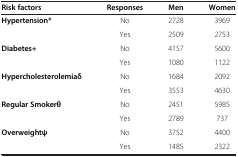
<table><thead><tr><td><b>Risk factors</b></td><td><b>Responses</b></td><td><b>Men</b></td><td><b>Women</b></td></tr></thead><tbody><tr><td><b>Hypertension*</b></td><td>No</td><td>2728</td><td>3969</td></tr><tr><td> </td><td>Yes</td><td>2509</td><td>2753</td></tr><tr><td><b>Diabetes+</b></td><td>No</td><td>4157</td><td>5600</td></tr><tr><td> </td><td>Yes</td><td>1080</td><td>1122</td></tr><tr><td><b>Hypercholesterolemiaδ</b></td><td>No</td><td>1684</td><td>2092</td></tr><tr><td> </td><td>Yes</td><td>3553</td><td>4630</td></tr><tr><td><b>Regular Smokerθ</b></td><td>No</td><td>2451</td><td>5985</td></tr><tr><td> </td><td>Yes</td><td>2789</td><td>737</td></tr><tr><td><b>Overweightψ</b></td><td>No</td><td>3752</td><td>4400</td></tr><tr><td> </td><td>Yes</td><td>1485</td><td>2322</td></tr></tbody></table>